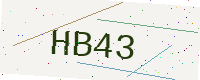
Text: HB43